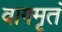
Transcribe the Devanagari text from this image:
वागमृतं